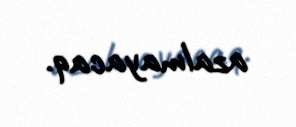
azalmayacaq.